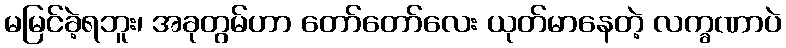
မမြင်ခဲ့ရဘူး၊ အခုတွမ်ဟာ တော်တော်လေး ယုတ်မာနေတဲ့ လက္ခဏာပဲ